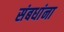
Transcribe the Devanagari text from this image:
संबधांना